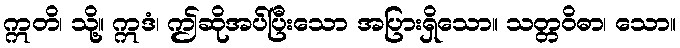
ဣတိ၊ သို့။ ဣဒံ၊ ဤဆိုအပ်ပြီးသော အပြားရှိသော။ သတ္တဝိဓာ၊ သော။